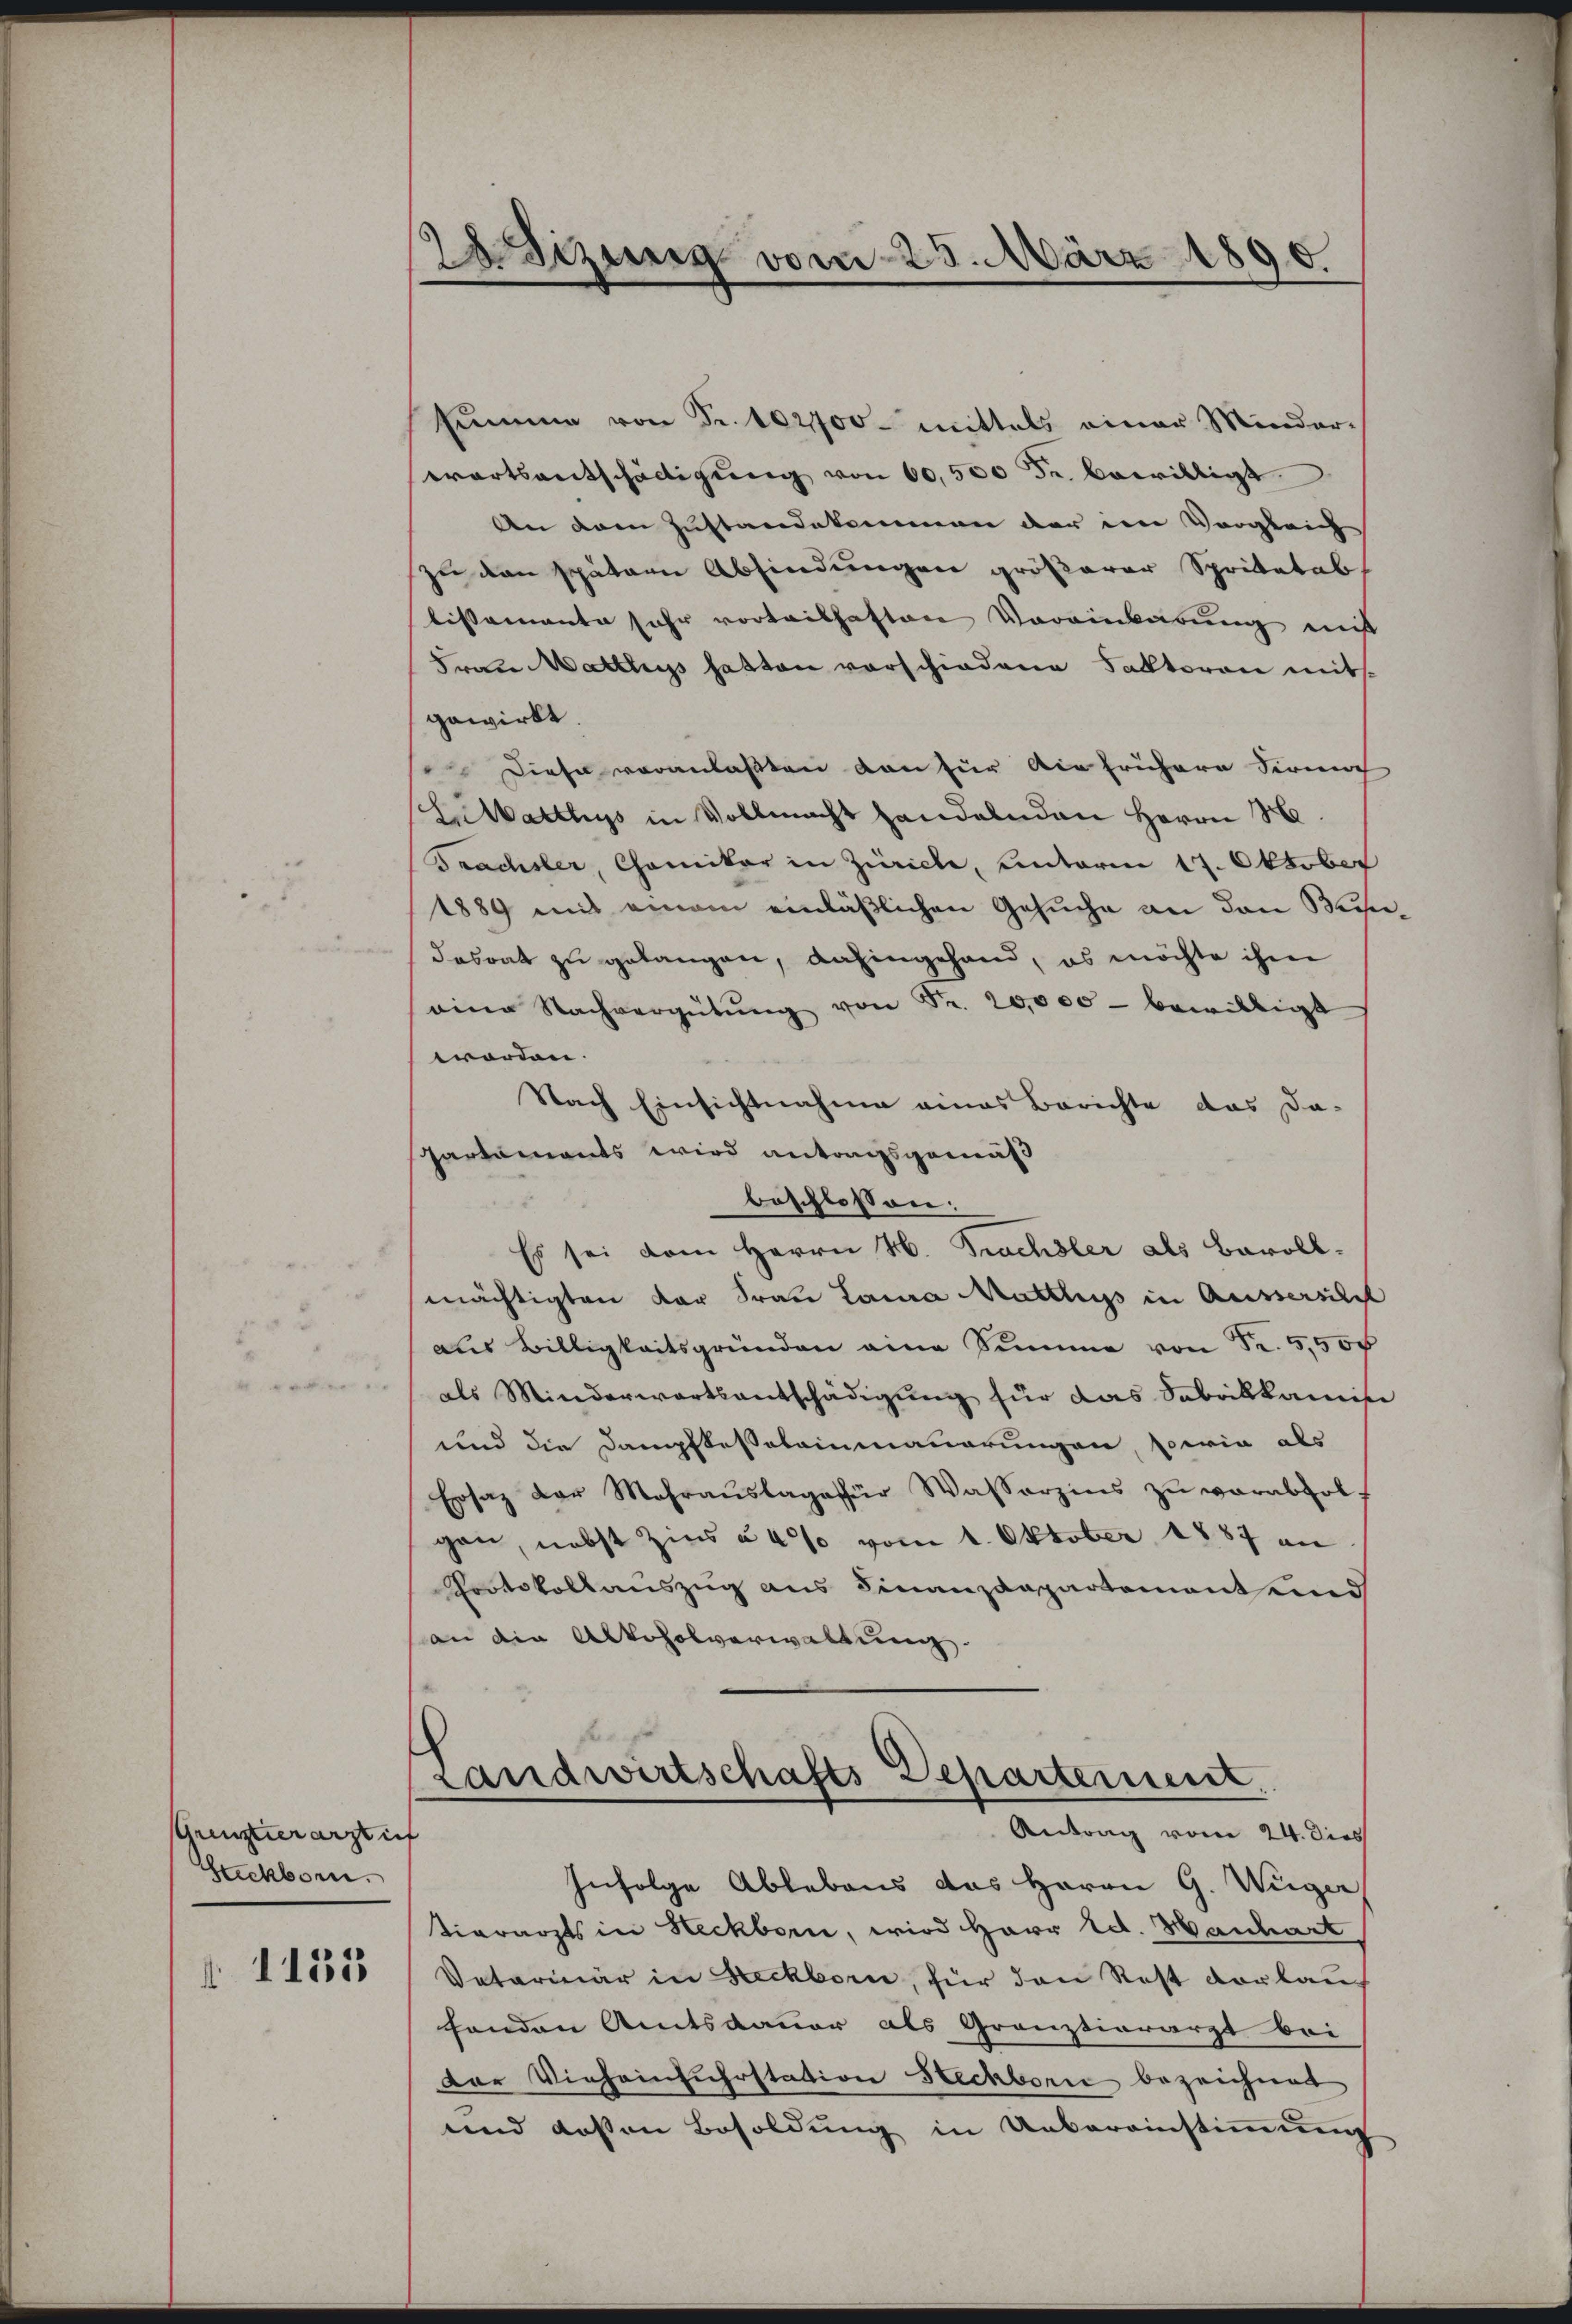
Grenztierarztief
Steckborn.

d

1155

dizung vom 23. März 1890

kumme von Fr. 102700 - mittels einer Minder-
wortsentschädigŭng von 60,500 Fr. bewilligt
An dem Zustandekommen der im Vergleich
zu den spätern Abfindungen größerer Spritatab
bissamante sehr vorteilhaften Voreinbarung mit
Frau Matthys hatten vorschiedene Faktoren mit
gewirkt.
 Diese veranlaßten von für die frühere Firma
LWatthys in Vollmacht handelnden Herrn M.
Trachsler, Chemiker in Zürich, unterm 17. Oktober
1889 mit einem einläßlichen Gesuche an den Busdasrat zu gelangen, dahingehand, es möchte ihm
eine Nachvergütŭng von Fr. 20,000 - bewilligt
worden.
Nach Einsichtnahme eines Berichte das Da-
Partements wird antragsgemäß
beschlossen:
Es sei vom Herrn H. Trachsler als Bavoll-
mächtigten der Frau Laura Matthuss in Aussersitze
aus Billigkeitsgründen eine Summe von Sr. 5,500
als Minderwartsantschädigung für das Sabailkamini
und die Dampfkessaleinmauerungen, sowia als
Ersatz der Mehraŭslagesfür Wasserzins zŭ verabfol
gen, nebst Zins à 4% vom 1. Oktober 1887 an
Protokollauszug aus Finanzdepartement und
an die Alkoholverwaltung.
Landwirtschafts-Departement.
Antrag vom 24. dies
Infolge Ablebens das Herrn G. Weiger
tierarzts in Heckborn, wird Herr Ed. Hanhart
Vetarinär in Steckborn, für den Rest vorlaufenden Amtsdauer als Grenztiorarzt bei
Der Viehainfuhrstation Steckborie bezeichnet
und dessen Besoldung in Uebereinstimmung